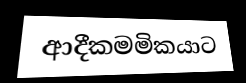
ආදීකමමිකයාට